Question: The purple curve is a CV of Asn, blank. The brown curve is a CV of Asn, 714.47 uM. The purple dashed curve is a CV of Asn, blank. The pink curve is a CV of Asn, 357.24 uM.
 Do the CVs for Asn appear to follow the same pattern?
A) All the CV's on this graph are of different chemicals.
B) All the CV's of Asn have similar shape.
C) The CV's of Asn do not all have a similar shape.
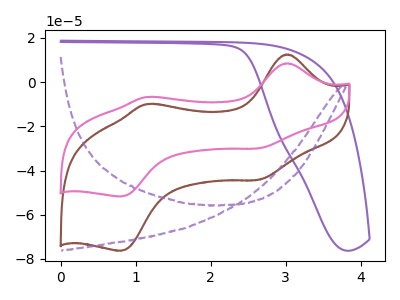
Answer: <think>The purple curve "Asn, blank" has no peaks. The brown curve "Asn, 714.47 uM" has anodic peaks at (3.05V, 12.55uA) (1.15V, -9.95uA) and cathodic peaks at (2.65V, -44.25uA) (0.80V, -76.30uA). The purple dashed curve "Asn, blank" has no peaks. The pink curve "Asn, 357.24 uM" has anodic peaks at (3.05V, 8.50uA) (1.15V, -6.75uA) and cathodic peaks at (2.65V, -30.00uA) (0.80V, -51.75uA).
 "Asn, blank" and "Asn, 714.47 uM" have a different number of peaks. Neither "Asn, blank" or "Asn, blank" have any peaks. "Asn, blank" and "Asn, 357.24 uM" have a different number of peaks. "Asn, 714.47 uM" and "Asn, blank" have a different number of peaks. All the peaks in "Asn, 714.47 uM" have a peak in "Asn, 357.24 uM" at the same potential. "Asn, blank" and "Asn, 357.24 uM" have a different number of peaks.</think>
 <answer>B) All the CV's of "Asn" have similar shape.</answer>
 <eval>B</eval>